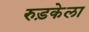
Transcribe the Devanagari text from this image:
रुड़केला